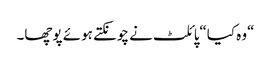
“وہ کیا“پائلٹ نے چونکتے ہوئے پوچھا۔